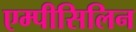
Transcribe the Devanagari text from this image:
एम्पीसिलिन